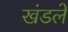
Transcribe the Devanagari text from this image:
खंडले